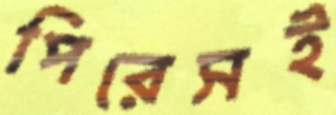
পিরেসই